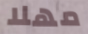
مهلا